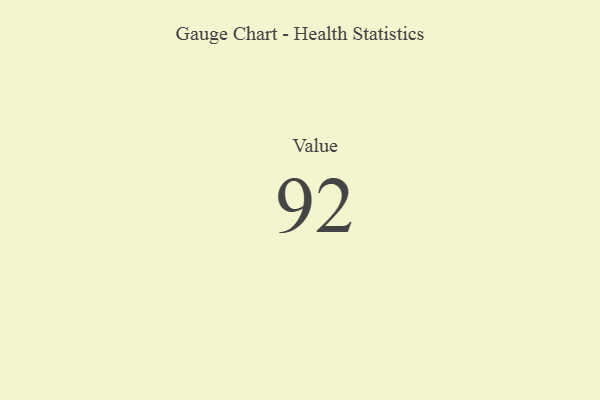
{"axis": {"x": "Metric", "y": "Value"}, "legend": [""], "data": [{"x": "Value", "y": 92, "type": ""}]}